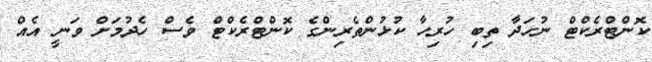
ކޮންޓްރެކްޓް ނުހަދާ ތިބި ހުރިހާ ކުޅުންތެރިންގެ ކޮންޓްރެކްޓް ވެސް ހެދުމަށް ވަނީ އެއް